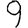
Digit: 9